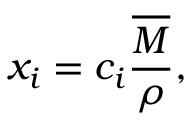
x _ { i } = c _ { i } { \frac { \overline { { M } } } { \rho } } ,